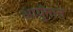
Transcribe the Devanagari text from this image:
आर्युमान